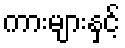
ကားများနှင့်